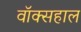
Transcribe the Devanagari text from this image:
वॉक्सहाल